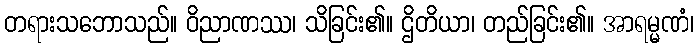
တရားသဘောသည်။ ဝိညာဏဿ၊ သိခြင်း၏။ ဌိတိယာ၊ တည်ခြင်း၏။ အာရမ္မဏံ၊